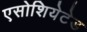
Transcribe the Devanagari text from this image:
एसोशियेटेड